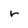
Character: r